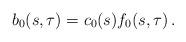
LaTeX: \begin{align*} b_0(s,\tau) = c_0 (s) f_0(s,\tau)\,. \end{align*}